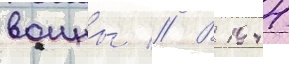
воины // В 1944